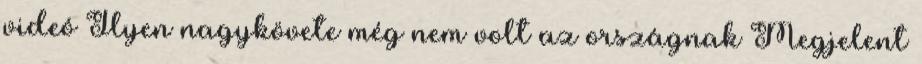
videó Ilyen nagykövete még nem volt az országnak Megjelent